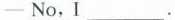
-No,I ___ ,